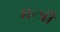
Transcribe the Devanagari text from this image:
मन्त्रौं